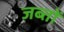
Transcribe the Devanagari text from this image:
जब्तों